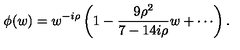
\phi ( w ) = w ^ { - i \rho } \left( 1 - { \frac { 9 \rho ^ { 2 } } { 7 - 1 4 i \rho } } w + \cdots \right) .